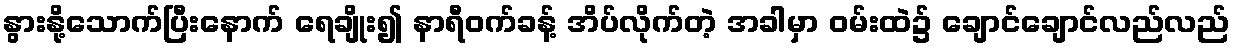
နွားနို့သောက်ပြီးနောက် ရေချိုး၍ နာရီဝက်ခန့် အိပ်လိုက်တဲ့ အခါမှာ ဝမ်းထဲ၌ ချောင်ချောင်လည်လည်